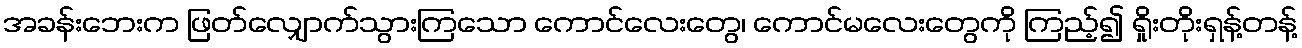
အခန်းဘေးက ဖြတ်လျှောက်သွားကြသော ကောင်လေးတွေ၊ ကောင်မလေးတွေကို ကြည့်၍ ရှိုးတိုးရှန့်တန့်